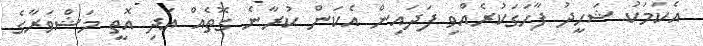
އެކަމަކު ޝަހީދު ފާހަގަކުރެއްވި ފަދައިން އެކަން ކުރާނެ ގޮތެއް އަދި އޮތީ މަޝްވަރާގެ